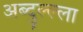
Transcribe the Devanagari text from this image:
अब्दुल्ल्ला